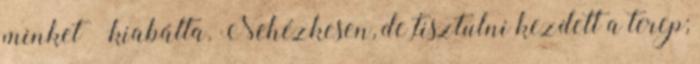
minket – kiabálta. Nehézkesen, de tisztulni kezdett a terep;